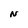
Character: N